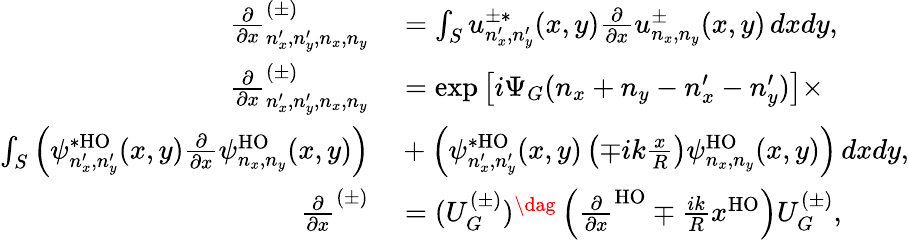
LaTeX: \begin{array}{rl}{\frac{\partial}{\partial x}_{n_{x}^{\prime},n_{y}^{\prime},n_{x},n_{y}}^{(\pm)}}&{{}=\int_{S}u_{n_{x}^{\prime},n_{y}^{\prime}}^{\pm*}(x,y)\frac{\partial}{\partial x}u_{n_{x},n_{y}}^{\pm}(x,y)\, dxdy,}\\ {\frac{\partial}{\partial x}_{n_{x}^{\prime},n_{y}^{\prime},n_{x},n_{y}}^{(\pm)}}&{{}=\exp\left[i\Psi_{G}(n_{x}+n_{y}-n_{x}^{\prime}-n_{y}^{\prime})\right]\times}\\ {\int_{S}\left(\psi_{n_{x}^{\prime},n_{y}^{\prime}}^{*\mathrm{HO}}(x,y)\frac{\partial}{\partial x}\psi_{n_{x},n_{y}}^{\mathrm{HO}}(x,y)\right)}&{{}+\left(\psi_{n_{x}^{\prime},n_{y}^{\prime}}^{*\mathrm{HO}}(x,y)\left(\mp ik\frac{x}{R}\right)\psi_{n_{x},n_{y}}^{\mathrm{HO}}(x,y)\right)\, dxdy,}\\ {\frac{\partial}{\partial x}^{(\pm)}}&{{}=(U_{G}^{(\pm)})^{\dag}\left(\frac{\partial}{\partial x}^{\mathrm{HO}}\mp\frac{ik}{R}x^{\mathrm{HO}}\right)U_{G}^{(\pm)},}\end{array}